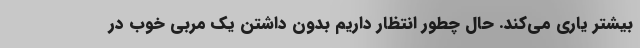
بیشتر یاری می‌کند. حال چطور انتظار داریم بدون داشتن یک مربی خوب در